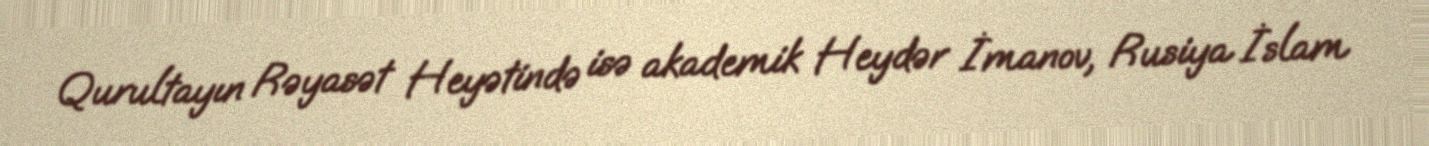
Qurultayın Rəyasət Heyətində isə akademik Heydər İmanov, Rusiya İslam